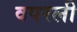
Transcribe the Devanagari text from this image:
वपरली